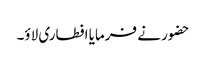
حضور نے فرمایا افطاری لاؤ۔